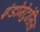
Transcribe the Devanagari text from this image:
इंडोमेट्रोसिस